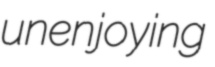
unenjoying